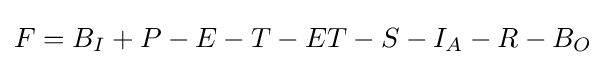
F=B_{I}+P-E-T-ET-S-I_{A}-R-B_{O}